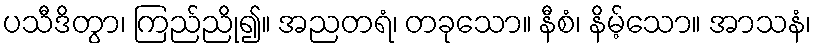
ပသီဒိတွာ၊ ကြည်ညို၍။ အညတရံ၊ တခုသော။ နီစံ၊ နိမ့်သော။ အာသနံ၊